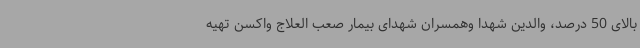
بالای 50 درصد، والدین شهدا وهمسران شهدای بیمار صعب العلاج واکسن تهیه